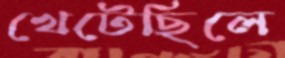
খেটেছিলে